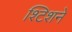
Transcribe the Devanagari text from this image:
श्टिशने